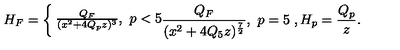
H _ { F } = \left\{ \begin{matrix} { { \frac { Q _ { F } } { ( x ^ { 2 } + 4 Q _ { p } z ) ^ { 3 } } } , \ p < 5 } \\ { { \frac { Q _ { F } } { ( x ^ { 2 } + 4 Q _ { 5 } z ) ^ { \frac { 7 } { 2 } } } } , \ p = 5 } \\ \end{matrix} \right. , H _ { p } = { \frac { Q _ { p } } { z } } .